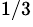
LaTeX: {}^{1/3}